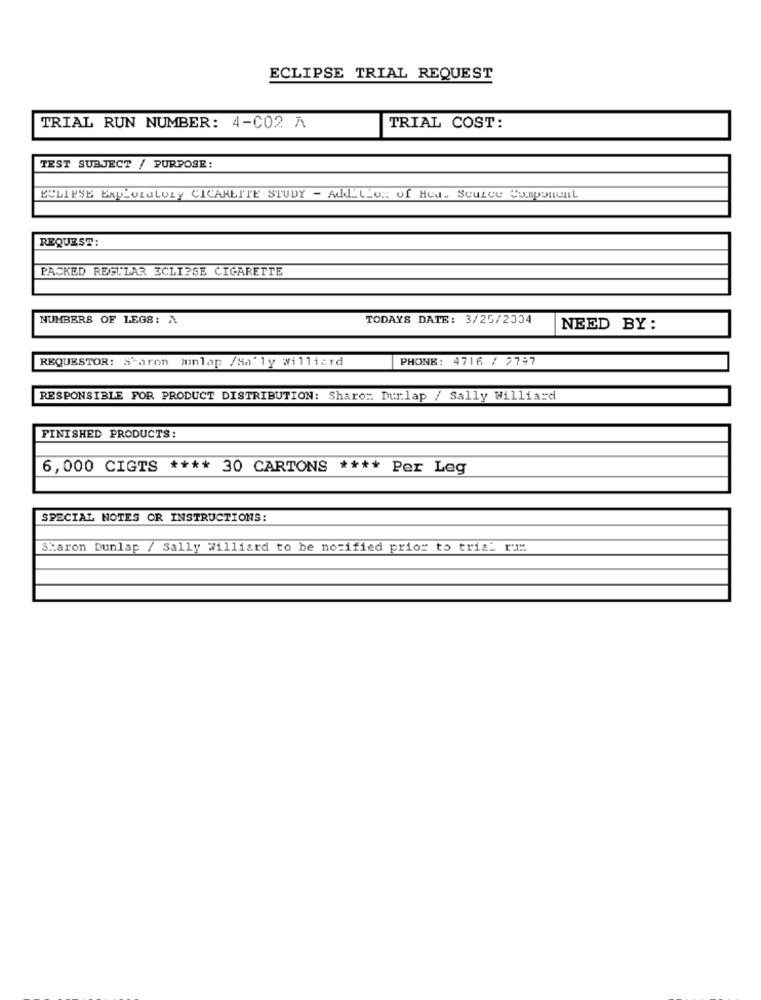
ECLIPSE TRIAL REQUEST
TRIAL RUN NUMBER: 4-C02 A
TRIAL COST:
TEST SUBJECT / PURPOSE:
ECLIPSE Exploratory CICARETTE STUDY - Addition of Heat Source Component
REQUEST:
PACKED REGULAR ECLIPSE CIGARETTE
NUMBERS OF LEGS: A
TODAYS DATE: 3/25/2004
NEED BY :
REQUESTOR: S'aron Junlap /Sa'ly williard
PHONE: 4716 / 7797
RESPONSIBLE FOR PRODUCT DISTRIBUTION: Sharo: Dunlap / Sally Williard
FINISHED PRODUCTS:
6,000 CIGTS **** 30 CARTONS **** Per Leg
SPECIAL NOTES OR INSTRUCTIONS:
Sharon Dunlap / Sally Williard to be notified prior to trial ri